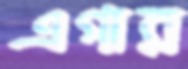
এগার